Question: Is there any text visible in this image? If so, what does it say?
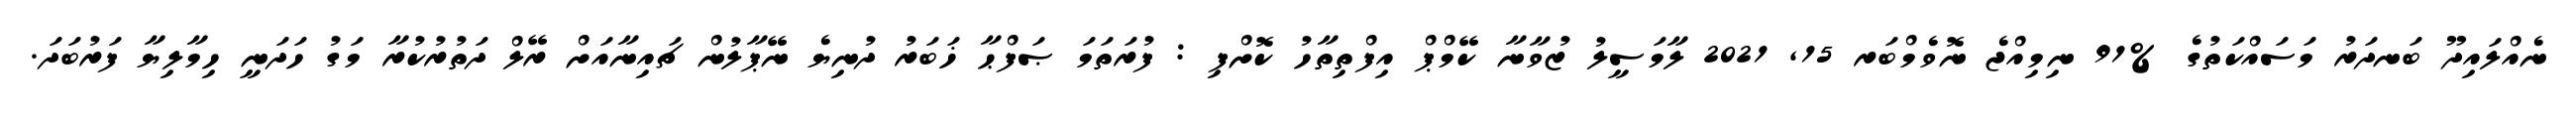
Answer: ނެއްލައިދޫ ބަނދަރު މަސައްކަތުގެ %91 ނިމިއްޖެ ނޮވެމްބަރ 15, 2021 ލާމަސީލު ޒުވާނާ ކޭމްޕް އިފްތިތާހު ކޮށްފި : ފުރަތަމަ ޞަފްޙާ ޚަބަރު ދުނިޔެ ނޭޕާލުން ޗައިނާއަށް ރޭލް ދަތުރުކުރާ މަގު ހަދަނީ ހިމާލިޔާ ފަރުބަދަ.